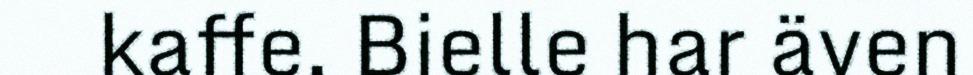
kaffe. Bielle har även